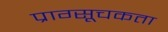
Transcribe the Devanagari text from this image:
प्राग्सूचकता